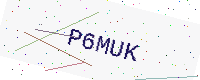
Text: P6MUK